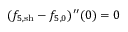
( f _ { 5 , \mathrm { s h } } - { f } _ { 5 , 0 } ) ^ { \prime \prime } ( 0 ) = 0